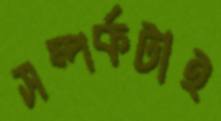
সম্পর্কটাই